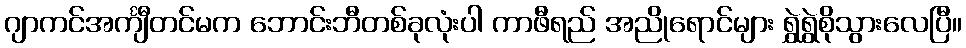
ဂျာကင်အင်္ကျီတင်မက ဘောင်းဘီတစ်ခုလုံးပါ ကာဖီရည် အညိုရောင်များ ရွှဲရွှဲစိုသွားလေပြီ။